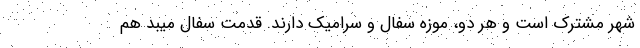
شهر مشترک است و هر دو، موزه سفال و سرامیک دارند. قدمت سفال میبد هم